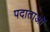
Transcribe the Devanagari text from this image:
पदाताओं